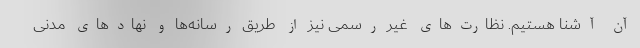
آن آشنا هستیم. نظارت‌های غیر رسمی نیز از طریق رسانه‌ها و نهادهای مدنی